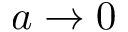
a \to 0